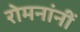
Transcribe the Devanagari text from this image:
रोमनांनीं